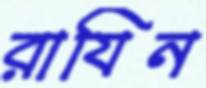
রাযিন